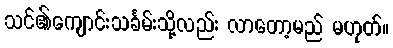
သင်၏ကျောင်းသင်္ခမ်းသို့လည်း လာတော့မည် မဟုတ်။